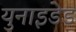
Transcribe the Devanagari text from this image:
युनाइडेड